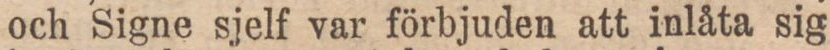
och Signe sjelf var förbjuden att inlåta sig